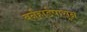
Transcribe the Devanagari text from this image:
बर्नहार्डपासून